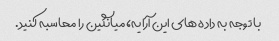
با توجه به داده های این آرایه، میانگین را محاسبه کنید.